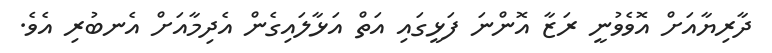
ދާރިޔާއަށް އޮވެވުނީ ރަޒާ އޮންނަ ފަޅީގައި އަތް އަޅާލައިގެން އެދިމާއަށް އެނބުރި އެވެ.